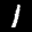
Label: 1